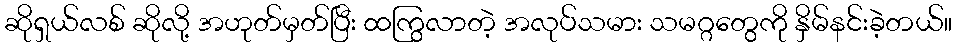
ဆိုရှယ်လစ် ဆိုလို့ အဟုတ်မှတ်ပြီး ထကြွလာတဲ့ အလုပ်သမား သမဂ္ဂတွေကို နှိမ်နင်းခဲ့တယ်။